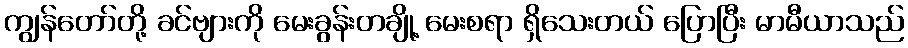
ကျွန်တော်တို့ ခင်ဗျားကို မေးခွန်းတချို့ မေးစရာ ရှိသေးတယ် ပြောပြီး မာမီယာသည်